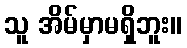
သူ အိမ်မှာမရှိဘူး။